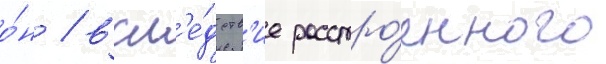
о́н / всл'е́дств'ие расстро́енного